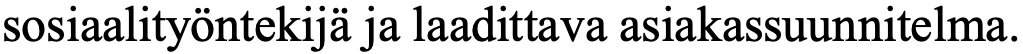
sosiaalityöntekijä ja laadittava asiakassuunnitelma.